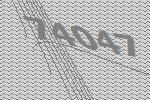
74047